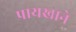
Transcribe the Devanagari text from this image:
पायखाने